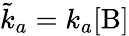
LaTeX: \tilde{k}_{a}=k_{a}[\mathrm{B]}